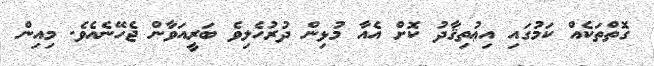
ގޮތްތަކެއް ކަމުގައި އިޢުތިޤާދު ކޮށް އެއާ މުޅިން ދުރުހެލިވެ ބަރީއަވާން ޖެހޭނެއެވެ. މިއިން